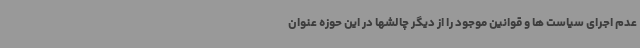
عدم اجرای سیاست ها و قوانین موجود را از دیگر چالشها در این حوزه عنوان